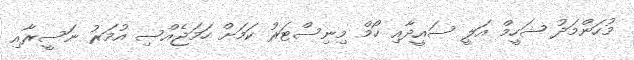
މުހަންމަދު ޝަހީމް އަލީ ސައީދާއި ހޯމް މިނިސްޓަރު ކަމަށް ހަމަޖެއްސި އުމަރު ނަސީރާއި